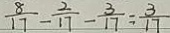
\frac { 8 } { 1 7 } - \frac { 2 } { 1 7 } - \frac { 3 } { 1 7 } = \frac { 3 } { 1 7 }